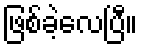
ဖြစ်ခဲ့လေပြီ။